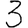
Digit: 3